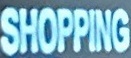
SHOPPING